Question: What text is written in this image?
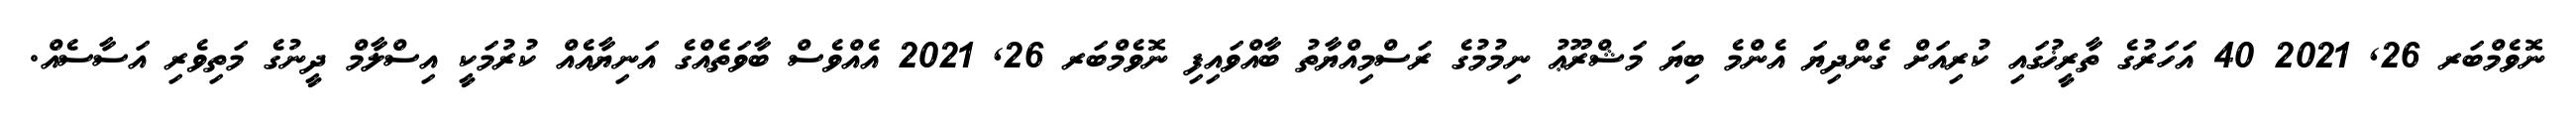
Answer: ނޮވެމްބަރ 26, 2021 40 އަހަރުގެ ތާރީޚުގައި ކުރިއަށް ގެންދިޔަ އެންމެ ބިޔަ މަޝްރޫޢު ނިމުމުގެ ރަސްމިއްޔާތު ބާއްވައިފި ނޮވެމްބަރ 26, 2021 އެއްވެސް ބާވަތެއްގެ އަނިޔާއެއް ކުރުމަކީ އިސްލާމް ދީނުގެ މަތިވެރި އަސާސެއް.